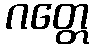
ဂတ္တေ